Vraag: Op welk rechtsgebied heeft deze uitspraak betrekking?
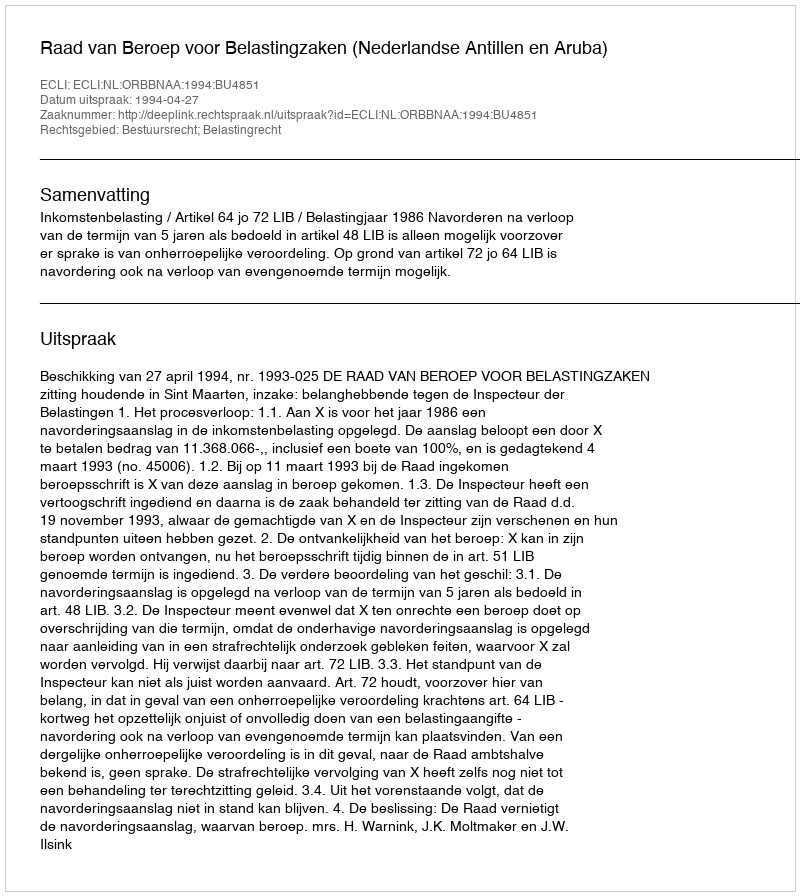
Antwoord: Bestuursrecht; Belastingrecht